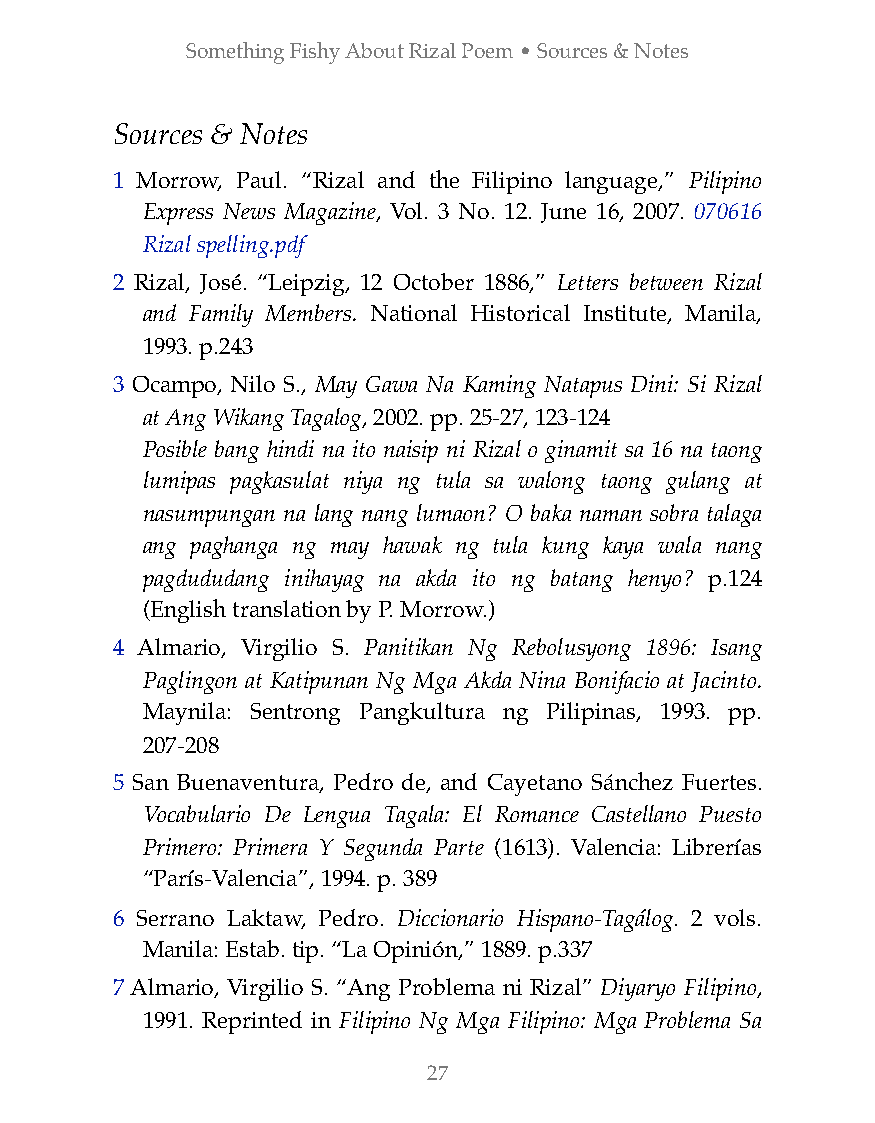
Something Fishy About Rizal Poem • Sources & Notes
 Sources & Notes
 1 Morrow, Paul. “Rizal and the Filipino language,” Pilipino
 Express News Magazine, Vol. 3 No. 12. June 16, 2007. 070616
 Rizal spelling.pdf
 2 Rizal, José. “Leipzig, 12 October 1886,” Letters between Rizal
 and Family Members. National Historical Institute, Manila,
 1993. p.243
 3 Ocampo, Nilo S., May Gawa Na Kaming Natapus Dini: Si Rizal
 at Ang Wikang Tagalog, 2002. pp. 25-27, 123-124
 Posible bang hindi na ito naisip ni Rizal o ginamit sa 16 na taong
 lumipas pagkasulat niya ng tula sa walong taong gulang at
 nasumpungan na lang nang lumaon? O baka naman sobra talaga
 ang paghanga ng may hawak ng tula kung kaya wala nang
 pagdududang inihayag na akda ito ng batang henyo? p.124
 (English translation by P. Morrow.)
 4 Almario, Virgilio S. Panitikan Ng Rebolusyong 1896: Isang
 Paglingon at Katipunan Ng Mga Akda Nina Bonifacio at Jacinto.
 Maynila: Sentrong Pangkultura ng Pilipinas, 1993. pp.
 207-208
 5 San Buenaventura, Pedro de, and Cayetano Sánchez Fuertes.
 Vocabulario De Lengua Tagala: El Romance Castellano Puesto
 Primero: Primera Y Segunda Parte (1613). Valencia: Librerías
 “París-Valencia”, 1994. p. 389
 6 Serrano Laktaw, Pedro. Diccionario Hispano-Tagálog. 2 vols.
 Manila: Estab. tip. “La Opinión,” 1889. p.337
 7 Almario, Virgilio S. “Ang Problema ni Rizal” Diyaryo Filipino,
 1991. Reprinted in Filipino Ng Mga Filipino: Mga Problema Sa
 27